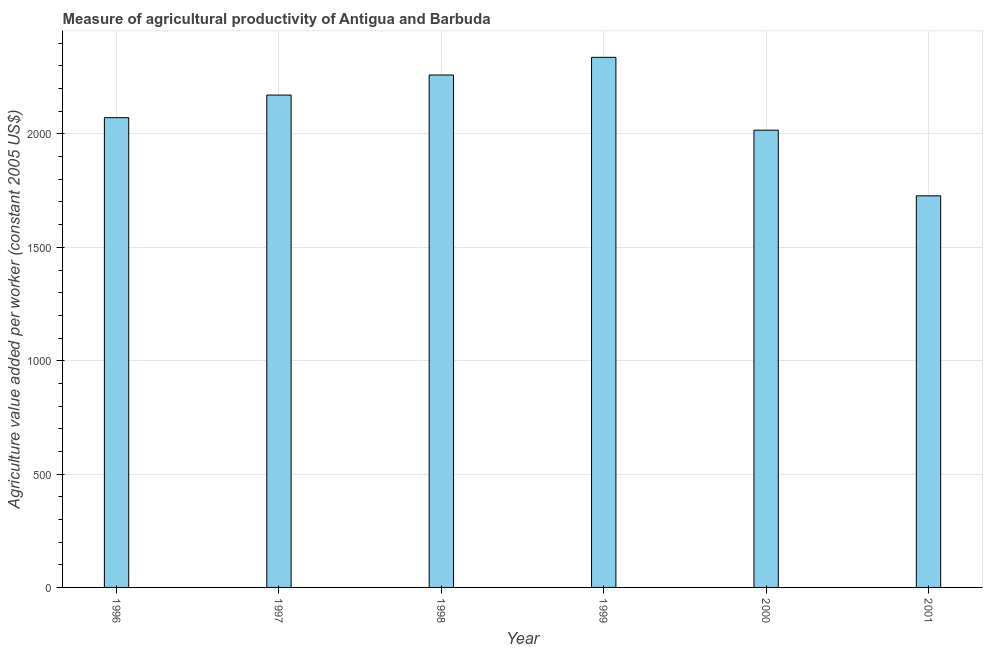
| Year | Agriculture value added per worker |
 | --- | --- |
 | 1996 | 2.07e+03 |
 | 1997 | 2.17e+03 |
 | 1998 | 2.26e+03 |
 | 1999 | 2.34e+03 |
 | 2000 | 2.02e+03 |
 | 2001 | 1.73e+03 |